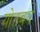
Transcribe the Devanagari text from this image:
योतबर्य